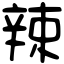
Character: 辣